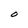
Character: O